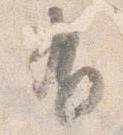
有